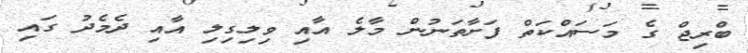
ބްރިޖް ގެ މަސައްކަތް ފަށާތަނުން މާލެ އާއި ވިލިގިލި އާއި ދެމެދު ގައި